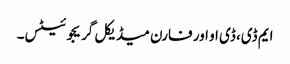
ایم ڈی، ڈی او اور فارن میڈیکل گریجوئیٹس۔